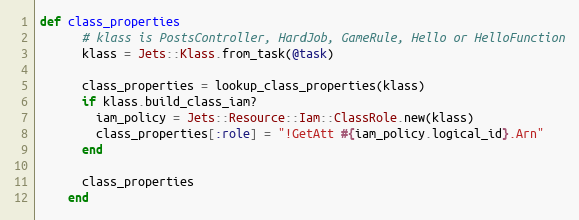
Language: Ruby
def class_properties
      # klass is PostsController, HardJob, GameRule, Hello or HelloFunction
      klass = Jets::Klass.from_task(@task)

      class_properties = lookup_class_properties(klass)
      if klass.build_class_iam?
        iam_policy = Jets::Resource::Iam::ClassRole.new(klass)
        class_properties[:role] = "!GetAtt #{iam_policy.logical_id}.Arn"
      end

      class_properties
    end